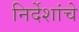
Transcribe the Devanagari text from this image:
निर्देशांचे